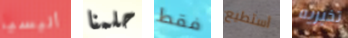
أليسيا حلمنا فقط أستطيع تخبريه